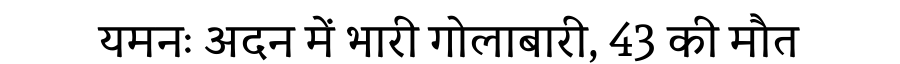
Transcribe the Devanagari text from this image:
यमनः अदन में भारी गोलाबारी, 43 की मौत